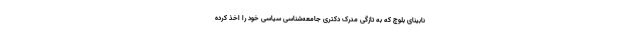
نابینای بلوچ که به تازگی مدرک دکتری جامعه‌شناسی سیاسی خود را اخذ کرده